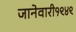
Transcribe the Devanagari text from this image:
जानेवारी१९४९